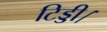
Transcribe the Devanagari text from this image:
टिड्डी।